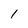
Character: l